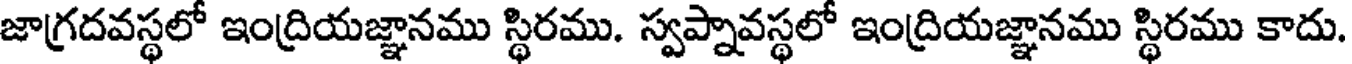
జాగ్రదవస్థలో ఇంద్రియజ్ఞానము స్థిరము. స్వప్నావస్థలో ఇంద్రియజ్ఞానము స్థిరము కాదు.